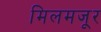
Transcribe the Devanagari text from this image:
मिलमजूर